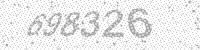
Solution: 698326